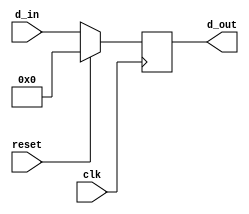
`timescale 1ns / 1ps
//////////////////////////////////////////////////////////////////////////////////
// Company: 
// Engineer: 
// 
// Design Name: 
// Module Name: Registro_32
// Project Name: 
// Target Devices: 
// Tool Versions: 
// Description: 
// 
// Dependencies: 
// 
// Revision:
// Revision 0.01 - File Created
// Additional Comments: Este corresponde al registro que se muestra con el nombre de PC, en los diagramas que se describen en el Patterson
// era edicin. En los captulos 5 y 6 (pg 293 fig 5.5)
//////////////////////////////////////////////////////////////////////////////////


module Registro_32(clk, reset, d_in, d_out);
    input       	clk, reset;
    input	[31:0]	d_in;
    output 	[31:0] 	d_out;
    reg 	[31:0]	 d_out;
   
    always @(posedge clk)
    begin
        if (reset) d_out <= 0;
        else d_out <= d_in;
    end

endmodule